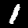
Label: 1